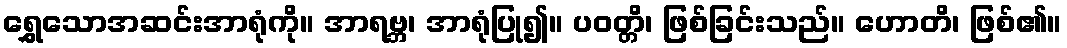
ရွှေသောအဆင်းအာရုံကို။ အာရဗ္ဘ၊ အာရုံပြု၍။ ပဝတ္တိ၊ ဖြစ်ခြင်းသည်။ ဟောတိ၊ ဖြစ်၏။